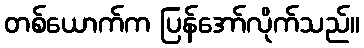
တစ်ယောက်က ပြန်အော်လိုက်သည်။